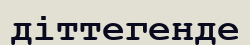
діттегенде